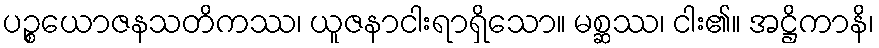
ပဉ္စယောဇနသတိကဿ၊ ယူဇနာငါးရာရှိသော။ မစ္ဆဿ၊ ငါး၏။ အဋ္ဌိကာနိ၊